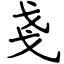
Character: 戔